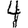
Digit: 4